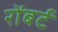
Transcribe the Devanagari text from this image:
रोंबर्ट